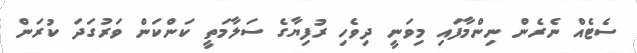
ސެޓެއް ނެރެން ނިންމާފައި މިވަނީ ދިވެހި ރުފިޔާގެ ސަލާމަތީ ކަންކަން ވަރުގަދަ ކުރަން